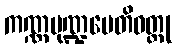
ကဏ္ဏမုဏ္ဍပေတိဝတ္ထု